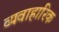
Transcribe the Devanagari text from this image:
व्यवाहारिक